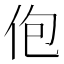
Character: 佨